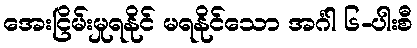
အေးငြိမ်းမှုရနိုင် မရနိုင်သော အင်္ဂါ ၆-ပါးစီ